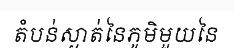
តំបន់ស្ងាត់នៃភូមិមួយនៃ